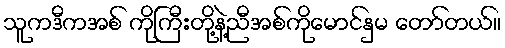
သူကဒီကအစ် ကိုကြီးတို့နဲ့ညီအစ်ကိုမောင်နှမ တော်တယ်။